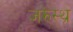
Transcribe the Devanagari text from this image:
जरुस्थ्र